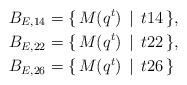
LaTeX: \begin{align*}B_{E,14} & =\{\, M(q^{t})\,\mid\, t 14\,\}, \\ B_{E,22} & =\{\, M(q^{t})\,\mid\, t 22\,\}, \\B_{E,26} & =\{\, M(q^{t})\,\mid\, t 26\,\} \end{align*}